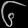
Digit: ၆